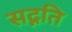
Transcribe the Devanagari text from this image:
सद्नति